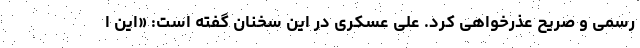
رسمی و صریح عذرخواهی کرد. علی عسکری در این سخنان گفته است: «این ا